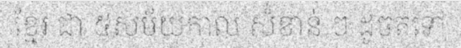
ខ្មែរ ជា ៥សម័យកាល សំខាន់ ៗ ដូចតទៅ